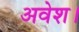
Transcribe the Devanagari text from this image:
अवेश।